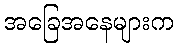
အခြေအနေများက